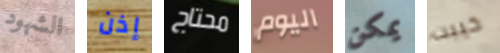
الشهود إذن محتاج اليوم يمكن خيبت